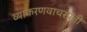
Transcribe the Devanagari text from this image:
व्याकरणवाचस्पती